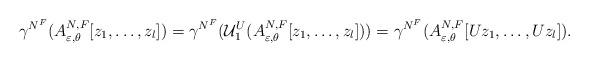
LaTeX: \begin{align*}\gamma^{N^F } (A^{N,F}_{\varepsilon,\theta}[z_1,\ldots,z_l])=\gamma^{N^F } (\mathcal{U}^{U}_1( A^{N,F}_{\varepsilon,\theta}[z_1,\ldots,z_l]))=\gamma^{N^F } (A^{N,F}_{\varepsilon,\theta}[Uz_1,\ldots,Uz_l]).\end{align*}